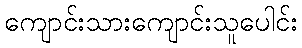
ကျောင်းသားကျောင်းသူပေါင်း